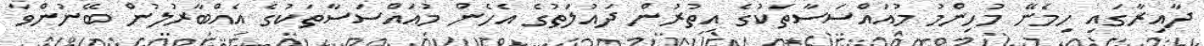
ދާއިރާގައި ހިމެނޭ މުހިންމު މުއައްސަސާތަކުގެ އިތުރުން ދައުލަތުގެ އެހެން މުއައްސަސާތަކުގެ އެއްބާރުލުން ބޭނުންވާ